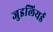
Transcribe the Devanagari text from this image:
जुइलियर्ड